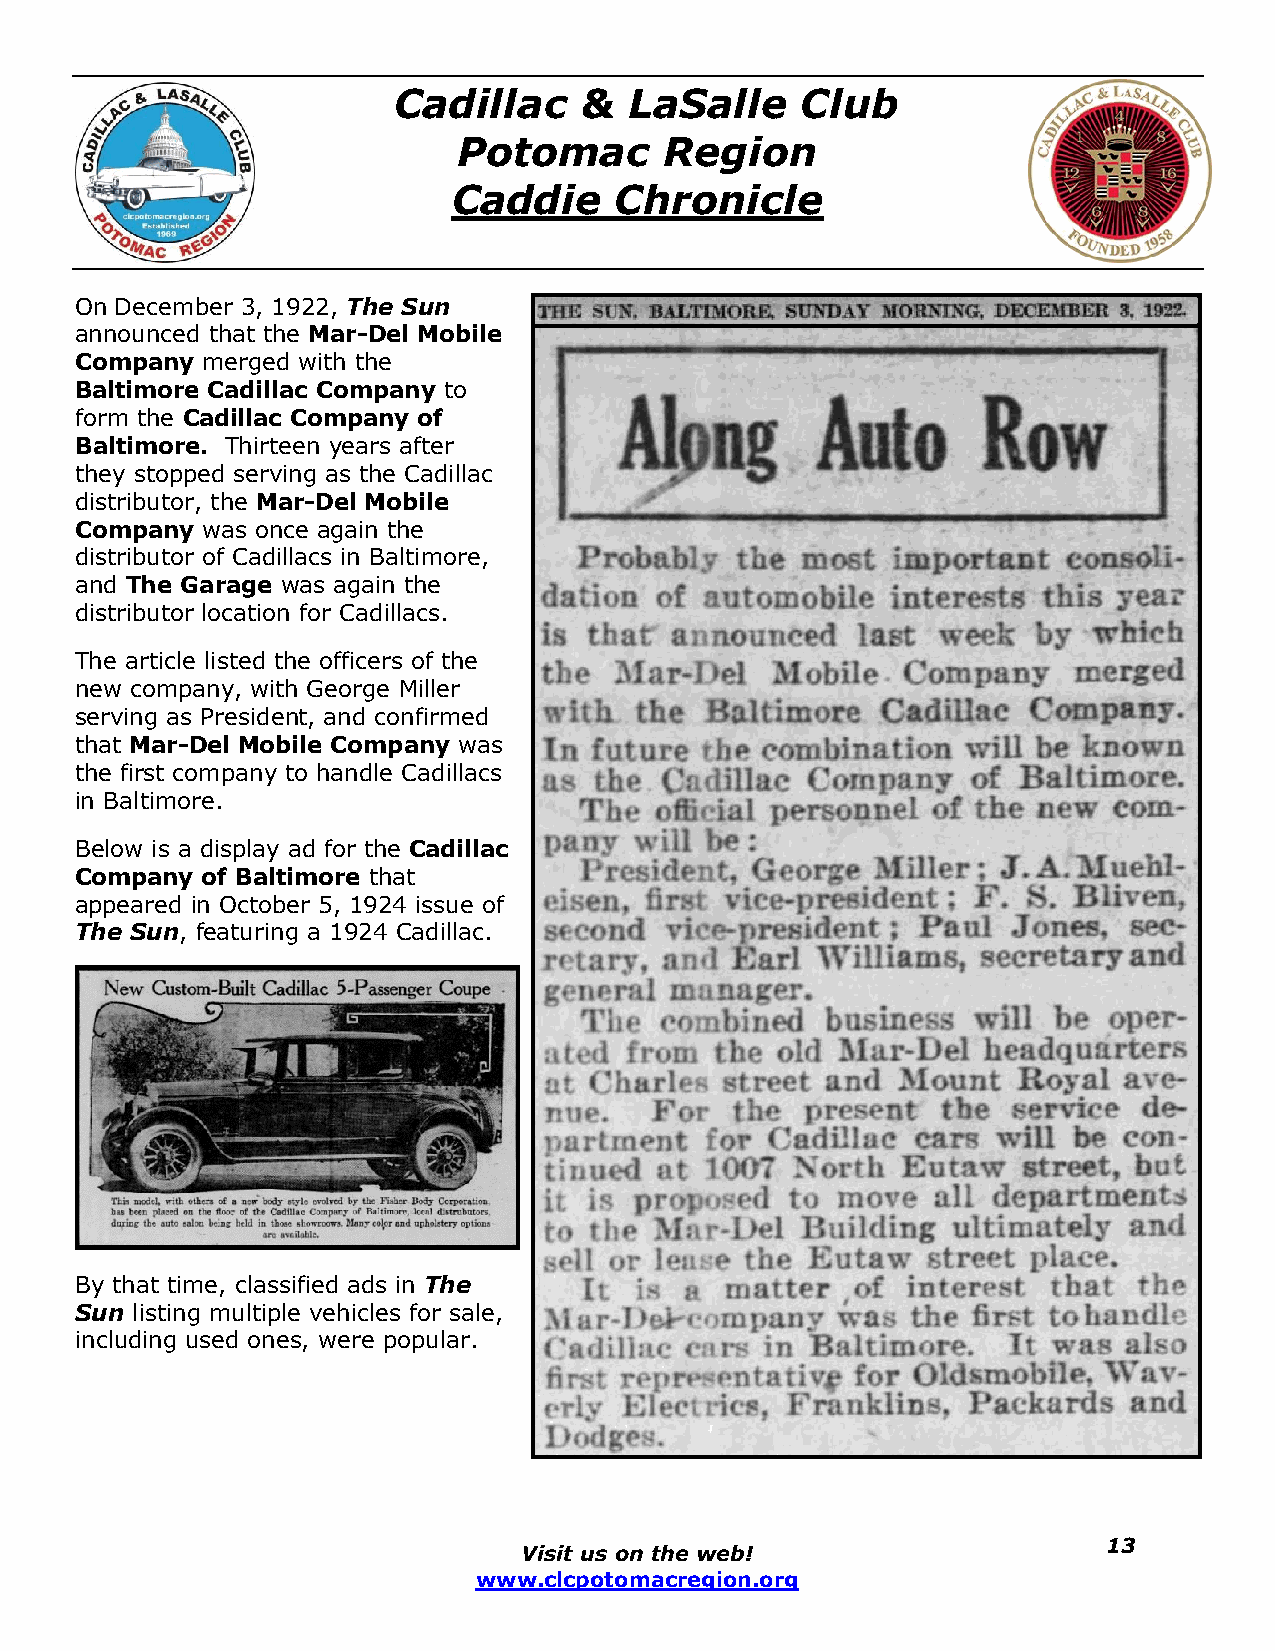
Cadillac    &   LaSalle    Club
 Potomac       Region
 Caddie     Chronicle
 On December 3, 1922, The Sun
 announced that the Mar-Del Mobile
 Company merged with the
 Baltimore Cadillac Company to
 form the Cadillac Company of
 Baltimore. Thirteen years after
 they stopped serving as the Cadillac
 distributor, the Mar-Del Mobile
 Company was once again the
 distributor of Cadillacs in Baltimore,
 and The Garage was again the
 distributor location for Cadillacs.
 The article listed the officers of the
 new company, with George Miller
 serving as President, and confirmed
 that Mar-Del Mobile Company was
 the first company to handle Cadillacs
 in Baltimore.
 Below is a display ad for the Cadillac
 Company of Baltimore that
 appeared in October 5, 1924 issue of
 The Sun, featuring a 1924 Cadillac.
 By that time, classified ads in The
 Sun listing multiple vehicles for sale,
 including used ones, were popular.
 Visit us on the web!
 13
 www.clcpotomacregion.org